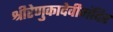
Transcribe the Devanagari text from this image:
श्रीरेणुकादेवीमंदिर